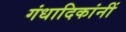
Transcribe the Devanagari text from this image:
गंधादिकांनीं